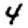
Digit: 4